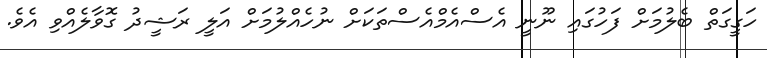
ހަގީގަތް ބެލުމަށް ފަހުގައި ނޫނީ އެސްއެމްއެސްތަކަށް ނުހެއްލުމަށް އަލީ ރަޝީދު ގޮވާލެއްވި އެވެ.